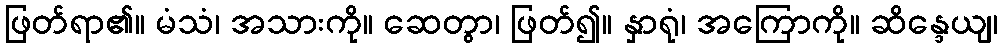
ဖြတ်ရာ၏။ မံသံ၊ အသားကို။ ဆေတွာ၊ ဖြတ်၍။ နှာရုံ၊ အကြောကို။ ဆိန္ဒေယျ၊